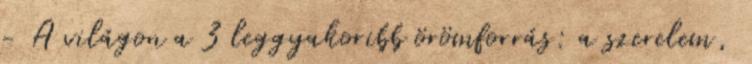
- A világon a 3 leggyakoribb örömforrás: a szerelem,